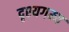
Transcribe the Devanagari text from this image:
दृश्यगम्य